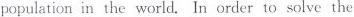
population in the world. In order to solve the